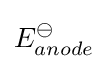
E_{anode}^{\ominus }